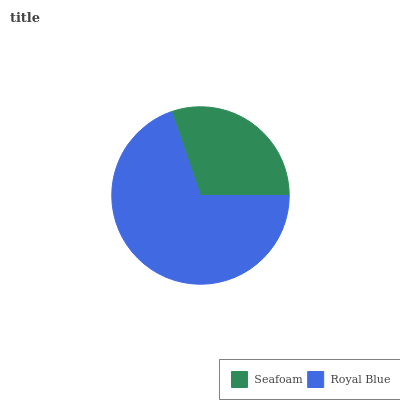
| Seafoam | Royal Blue |
 | --- | --- |
 | 30.3% | 69.7% |